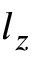
l _ { z }